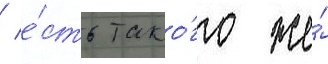
/ е́сть тако́го же́